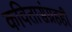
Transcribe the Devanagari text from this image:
कवितासंग्रहही